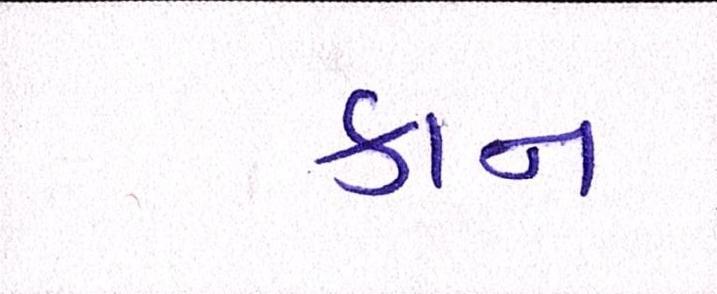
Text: કાન